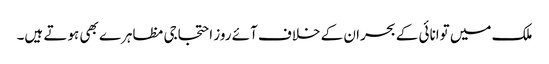
ملک میں توانائی کے بحران کے خلاف آئے روز احتجاجی مظاہرے بھی ہوتے ہیں۔